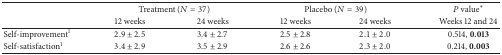
<table><thead><tr><td><b> </b></td><td colspan="2"><b>Treatment (<i>N</i> = 37)</b></td><td colspan="2"><b>Placebo (<i>N</i> = 39)</b></td><td><b><i>P</i> value*</b></td></tr><tr><td><b> </b></td><td><b>12 weeks</b></td><td><b>24 weeks</b></td><td><b>12 weeks</b></td><td><b>24 weeks</b></td><td><b>Weeks 12 and 24</b></td></tr></thead><tbody><tr><td>Self-improvement<sup>1</sup></td><td>2.9 ± 2.5</td><td>3.4 ± 2.7</td><td>2.5 ± 2.8</td><td>2.1 ± 2.0</td><td>0.514, <b>0.013</b></td></tr><tr><td>Self-satisfaction<sup>1</sup></td><td>3.4 ± 2.9</td><td>3.5 ± 2.9</td><td>2.6 ± 2.6</td><td>2.3 ± 2.0</td><td>0.214, <b>0.003</b></td></tr></tbody></table>